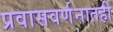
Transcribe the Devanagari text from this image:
प्रवासवर्णनातही